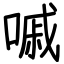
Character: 嘁